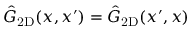
\hat { G } _ { \mathrm { 2 D } } ( x , x ^ { \prime } ) = \hat { G } _ { \mathrm { 2 D } } ( x ^ { \prime } , x )